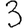
Digit: 3